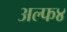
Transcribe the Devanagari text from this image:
अल्फ४